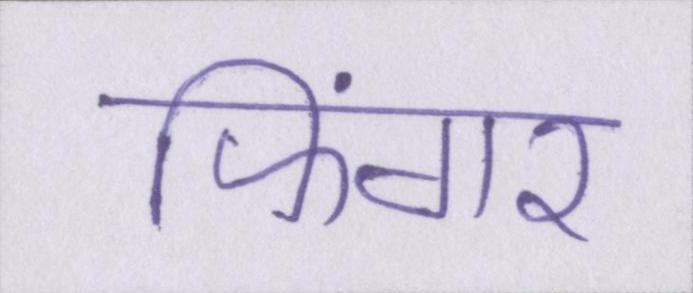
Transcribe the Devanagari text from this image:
फिंगर